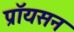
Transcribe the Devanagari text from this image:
प्रॉयसन